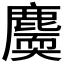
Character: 𪋐